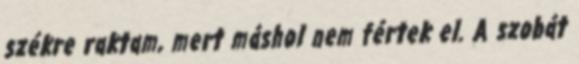
székre raktam, mert máshol nem fértek el. A szobát